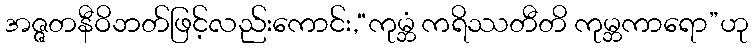
အဇ္ဇတနီဝိဘတ်ဖြင့်လည်းကောင်း,“ကုမ္ဘံ ကရိဿတီတိ ကုမ္ဘကာရော”ဟု